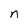
Character: n